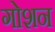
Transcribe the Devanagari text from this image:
गोशन